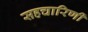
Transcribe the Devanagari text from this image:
सहचारिणीं